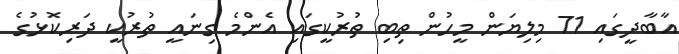
އާބާދީގައި 71 މިލިޔަން މީހުން ތިބި ތުރުކީގައި އެންމެ ގިނައީ ތުރުކީ ދަރިކޮޅުގެ